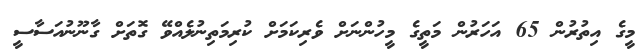
މީގެ އިތުރުން 65 އަހަރުން މަތީގެ މީހުންނަށް ވެރިކަމަށް ކުރިމަތިނުލެއްވޭ ގޮތަށް ގާނޫނުއަސާސީ